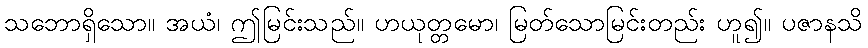
သဘောရှိသော။ အယံ၊ ဤမြင်းသည်။ ဟယုတ္တမော၊ မြတ်သောမြင်းတည်း ဟူ၍။ ပဇာနသိ